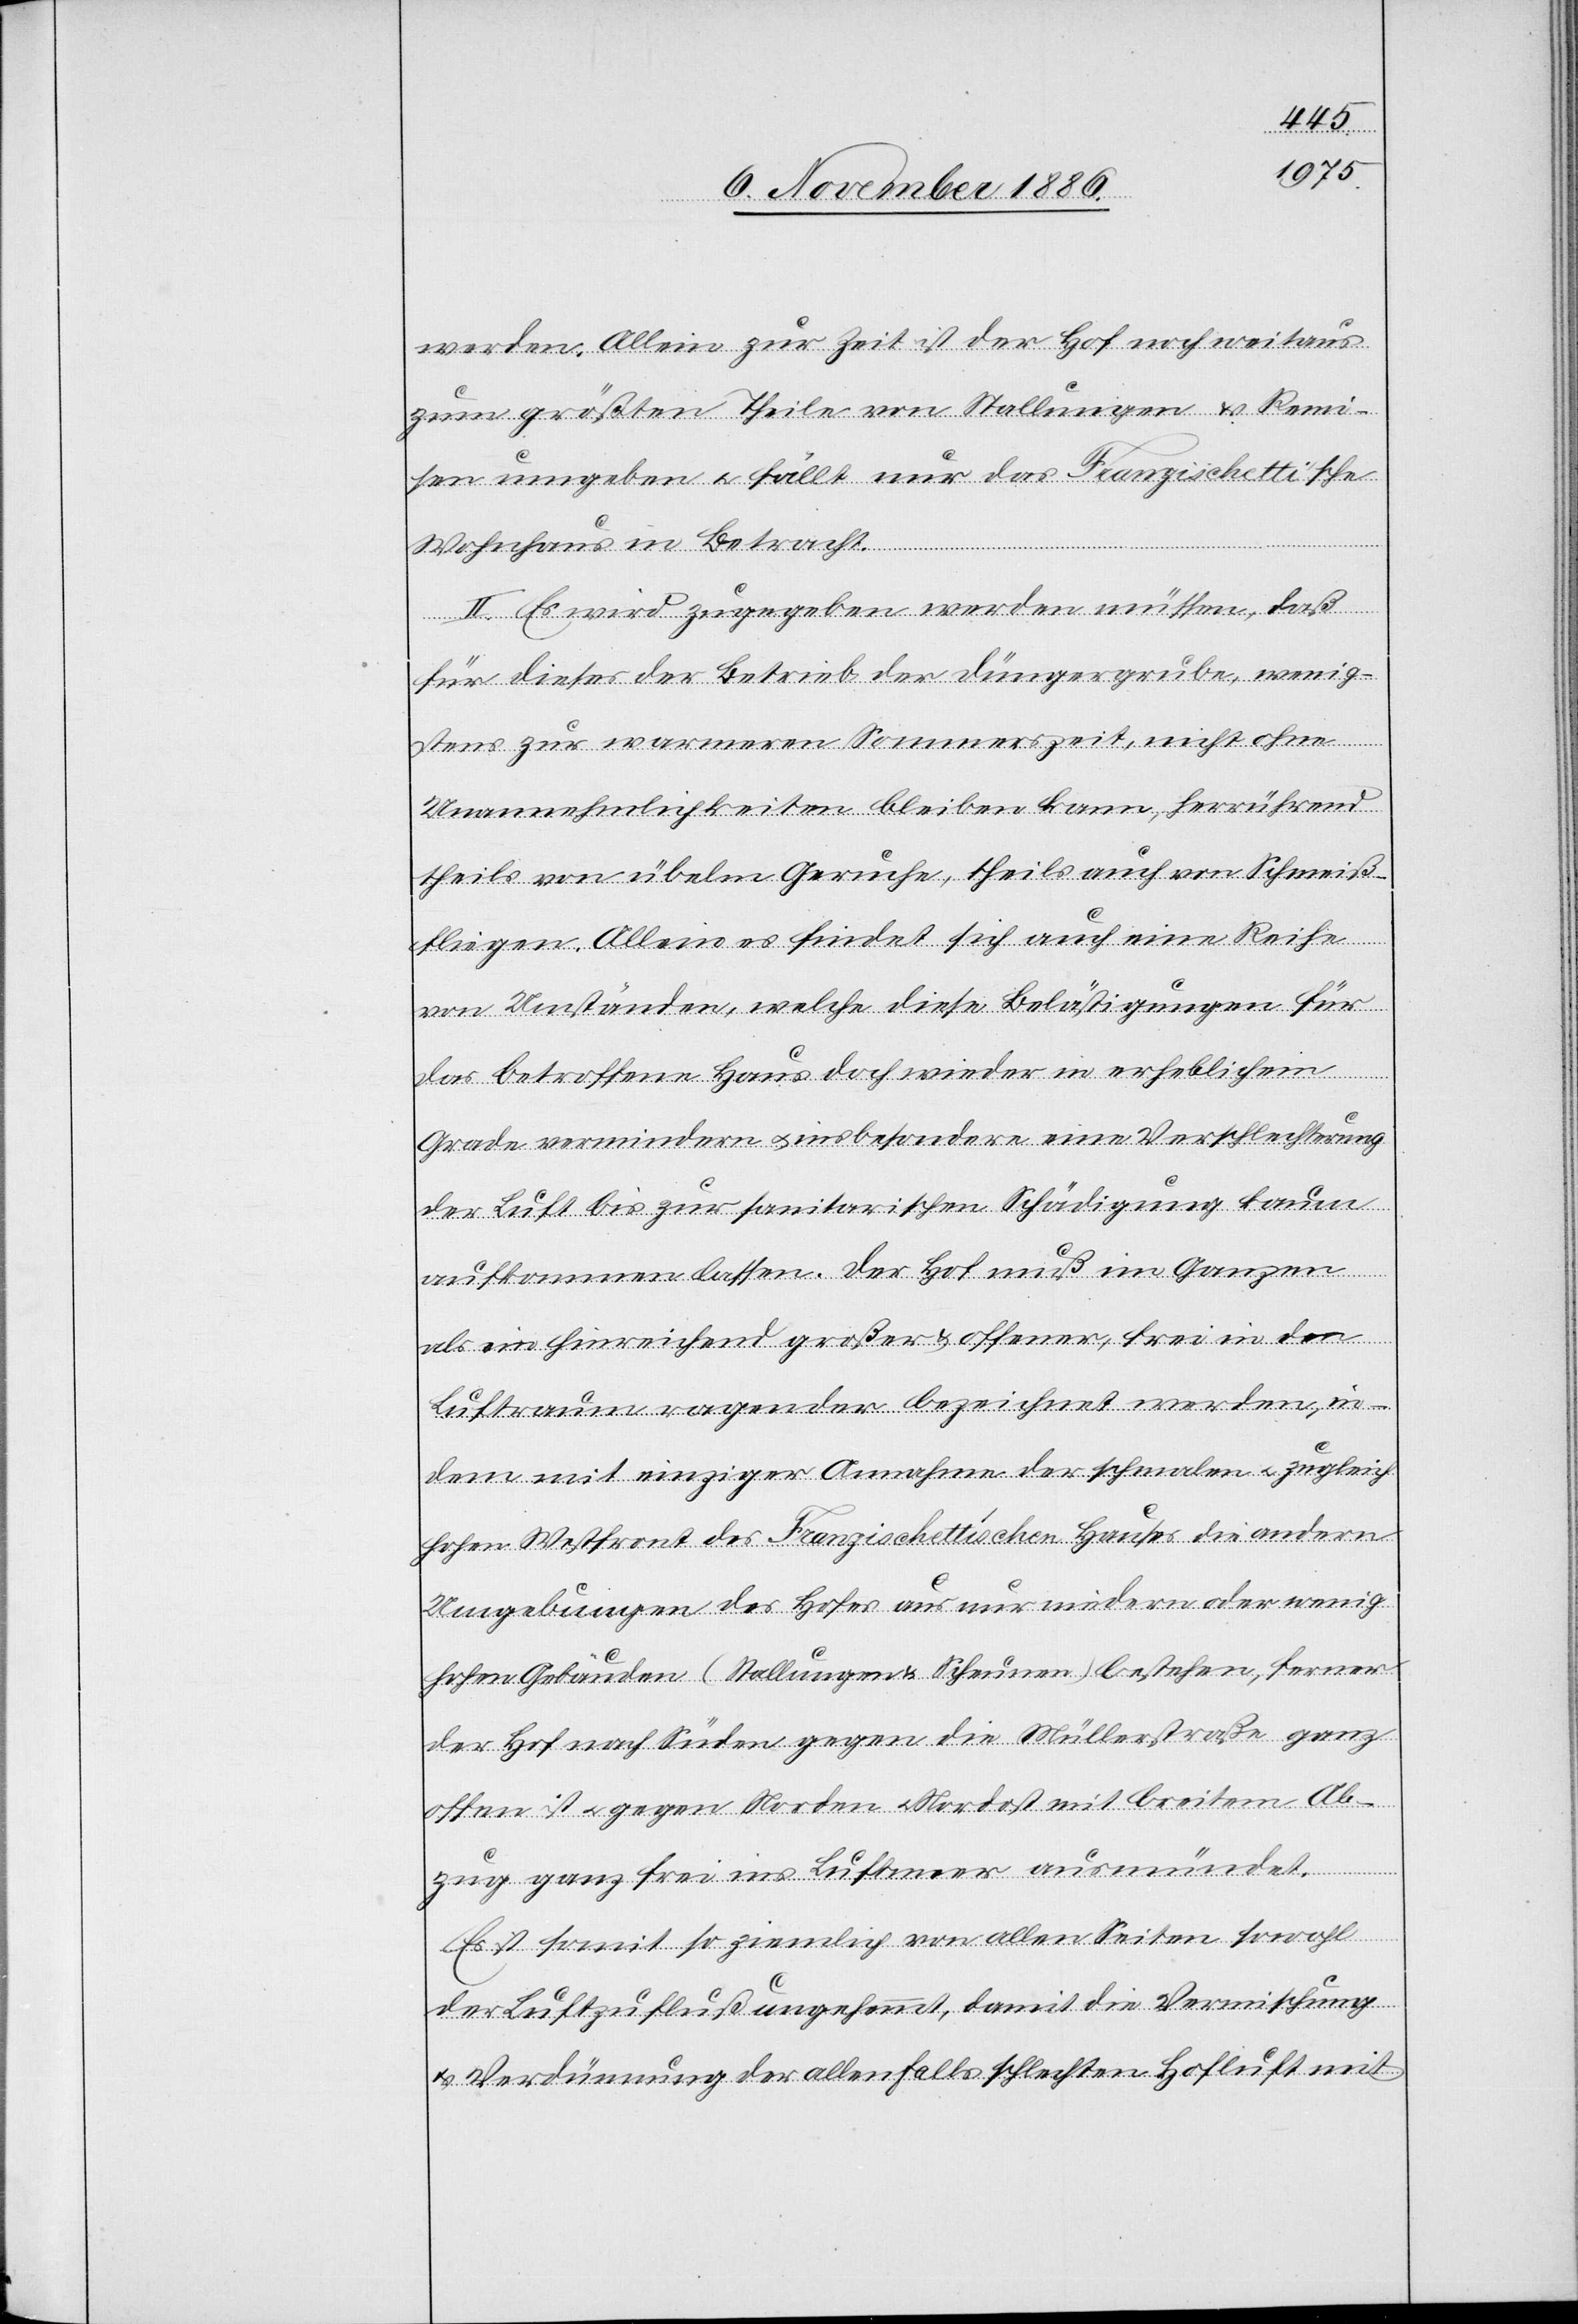
werden. Allein zur Zeit ist der Hof noch weitaus
zum größten Theile von Stallungen & Remi¬
sen umgeben & fällt nur das Franzischetti’sche
Wohnhaus in Betracht.
II. Es wird zugegeben werden müssen, daß
für dieses der Betrieb der Düngergrube, wenig¬
stens zur warmeren [sic!] Sommerszeit, nicht ohne
Unannehmlichkeiten bleiben kann, herrührend
theils von übelm Geruche, theils auch von Schmeiß¬
fliegen. Allein es findet sich auch eine Reihe
von Umständen, welche diese Belästigungen für
das betroffene Haus doch wieder in erheblichem
Grade vermindern & insbesondere eine Verschlechterung
der Luft bis zur sanitarischen Schädigung kaum
aufkommen lassen. Der Hof muß im Ganzen
als ein hinreichend großer & offener, frei in den
Luftraum ragender bezeichnet werden, in¬
dem mit einziger Annahme der schmalen & zugleich
hohen Westfront des Franzischettischen Hauses die andern
Umgebungen des Hofes aus nur niedern oder wenig
hohen Gebäuden (Stallungen & Scheunen) bestehen, ferner
der Hof nach Süden gegen die Müllerstraße ganz
offen ist & gegen Norden & Nordost mit breitem Ab¬
zug ganz frei ins Luftmeer ausmündet.
Es ist somit so ziemlich von allen Seiten sowohl
der Luftzufluß ungehemmt, damit die Vermischung
& Verdünnung der allenfalls schlechten Hofluft mit